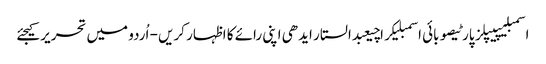
اسمبلیپیپلز پارٹیصوبائی اسمبلیکراچیعبدالستار ایدھی اپنی رائے کا اظہار کریں - اُردو میں تحریر کیجئے